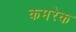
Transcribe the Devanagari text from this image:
कमरेक